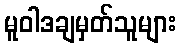
မူဝါဒချမှတ်သူများ